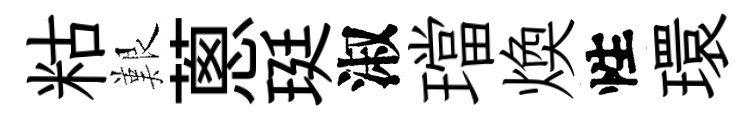
䊀艱蔥珽淑璫煥性環